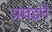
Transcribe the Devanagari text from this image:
प्रचंडने